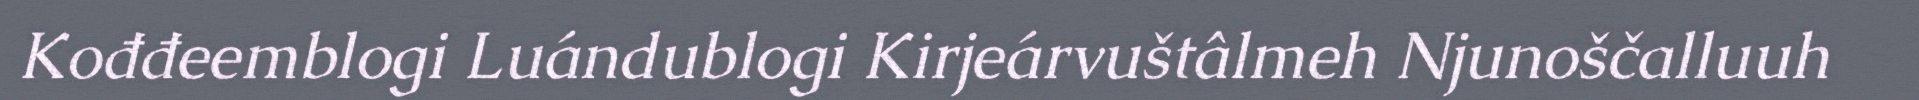
Kođđeemblogi Luándublogi Kirjeárvuštâlmeh Njunoščalluuh